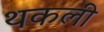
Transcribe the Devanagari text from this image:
थकली